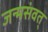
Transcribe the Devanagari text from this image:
जन्मसंवत्